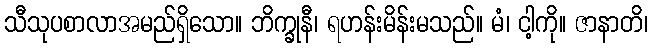
သီသုပစာလာအမည်ရှိသော။ ဘိက္ခုနီ၊ ရဟန်းမိန်းမသည်။ မံ၊ ငါ့ကို။ ဇာနာတိ၊